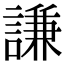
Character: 謙